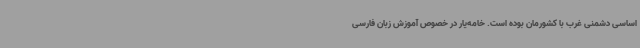
اساسی دشمنی غرب با کشورمان بوده است. خامه‌یار در خصوص آموزش زبان فارسی